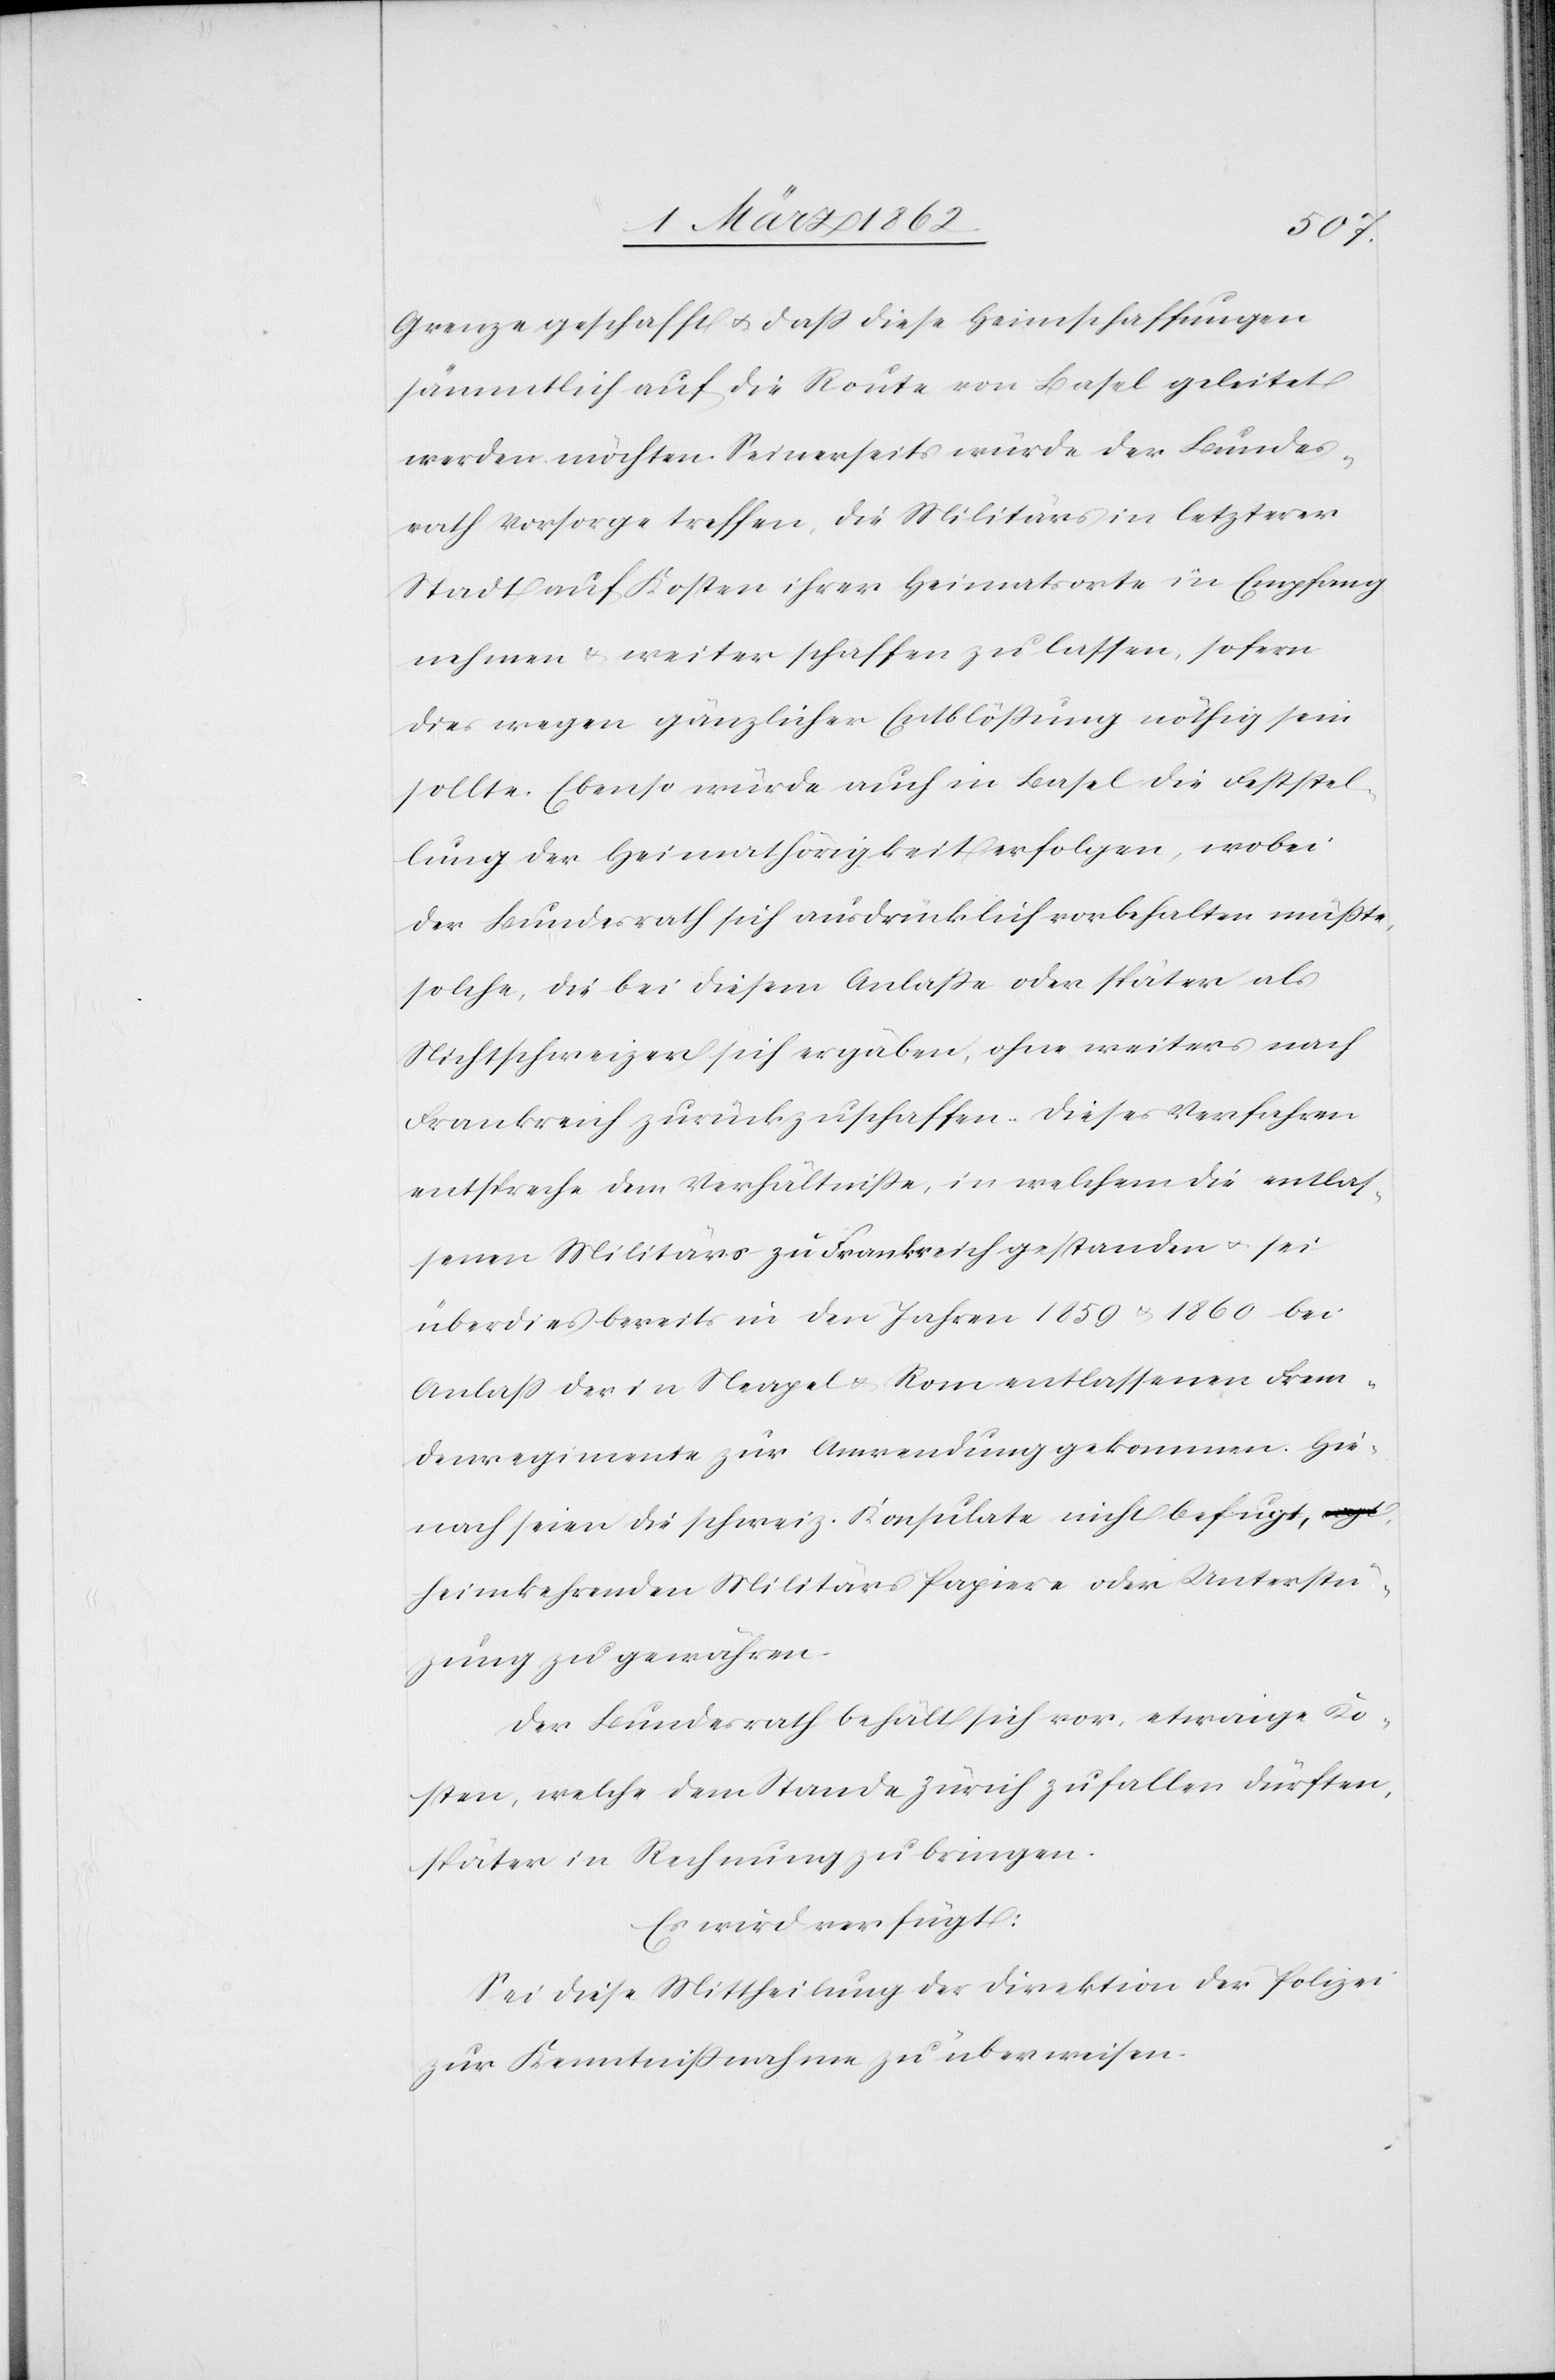
Grenze geschafft u. daß diese Heimschaffungen
sämmlich auf die Route von Basel geleitet
werden möchten. Seinerseits würde der Bundes¬
rath Vorsorge treffen, die Militärs in letzterer
Stadt auf Kosten ihrer Heimatsorte in Empfang
nehmen & weiter schaffen zu lassen, sofern
dies wegen gänzlicher Entblößung nöthig sein
sollte. Ebenso würde auch in Basel die Feststel¬
lung der Heimathörigkeit erfolgen, wobei
der Bundesrath sich ausdrücklich vorbehalten müßte,
solche, die bei diesem Anlaße oder später als
Nichtschweizer sich ergäben, ohne weiters nach
Frankreich zurückzuschaffen. Dieses Verfahren
entspreche dem Verhältniße, in welchem die entlas¬
senen Militärs zu Frankreich gestanden u. sei
überdies bereits in den Jahren 1859 u. 1860 bei
Anlaß der in Neapel u. Rom entlassenen Frem¬
denregimente zur Anwendung gekommen. Hie¬
nach seien die schweiz. Konsulate nicht befugt,
heimkehrenden Militärs Papier oder Unterstüt¬
zung zu gewähren.
Der Bundesrath behält sich vor, etwaige Ko¬
sten, welche dem Stande Zürich zufallen dürften,
später in Rechnung zu bringen.
Es wird verfügt:
Sei diese Mittheilung der Direktion der Polizei
zur Kenntnißnahe zu überweisen.